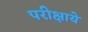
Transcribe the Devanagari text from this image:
परीक्षाये